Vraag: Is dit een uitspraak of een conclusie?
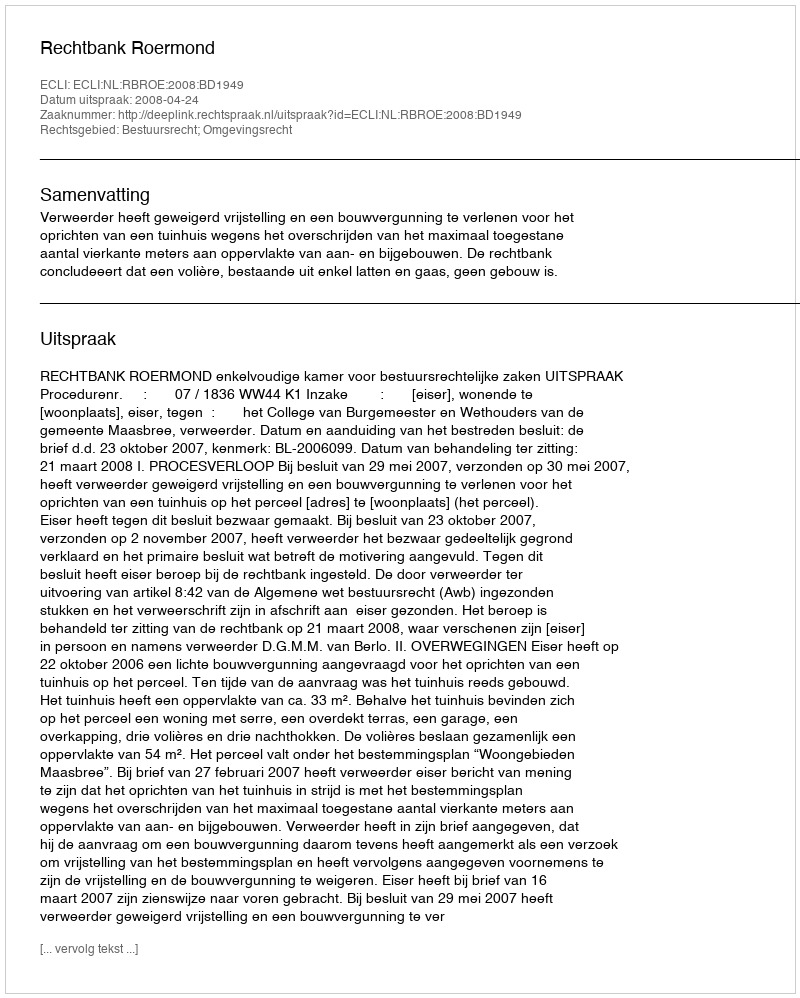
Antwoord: Uitspraak